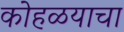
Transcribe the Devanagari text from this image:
कोहळयाचा